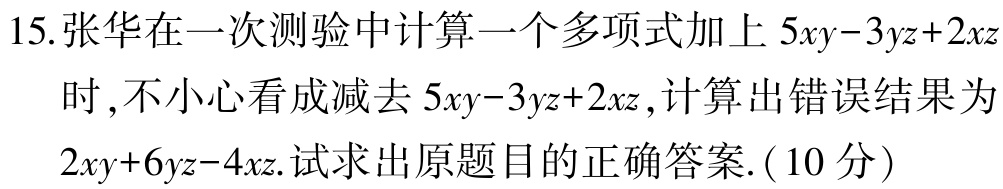
15.张华在一次测验中计算一个多项式加上 \(5xy - 3yz + 2xz\)时,不小心看成减去 \(5xy - 3yz + 2xz\),计算出错误结果为 \(2xy + 6yz - 4xz\).试求出原题目的正确答案.(10分)